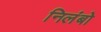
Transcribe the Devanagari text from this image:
निलंबो